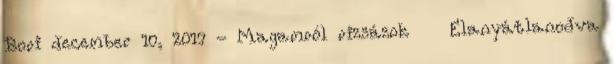
Bori december 10, 2017 - Magamról rizsázok Elanyátlanodva